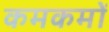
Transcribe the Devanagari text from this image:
कमकमों